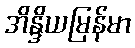
အိန္ဒိယမြန်မာ